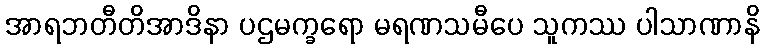
အာရဘတီတိအာဒိနာ ပဌမက္ခရော မရဏသမီပေ သူကဿ ပါသာဏာနိ